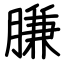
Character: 膁